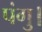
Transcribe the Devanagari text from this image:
पंगु।